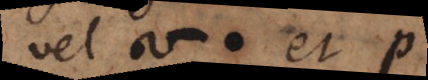
vel σ et p